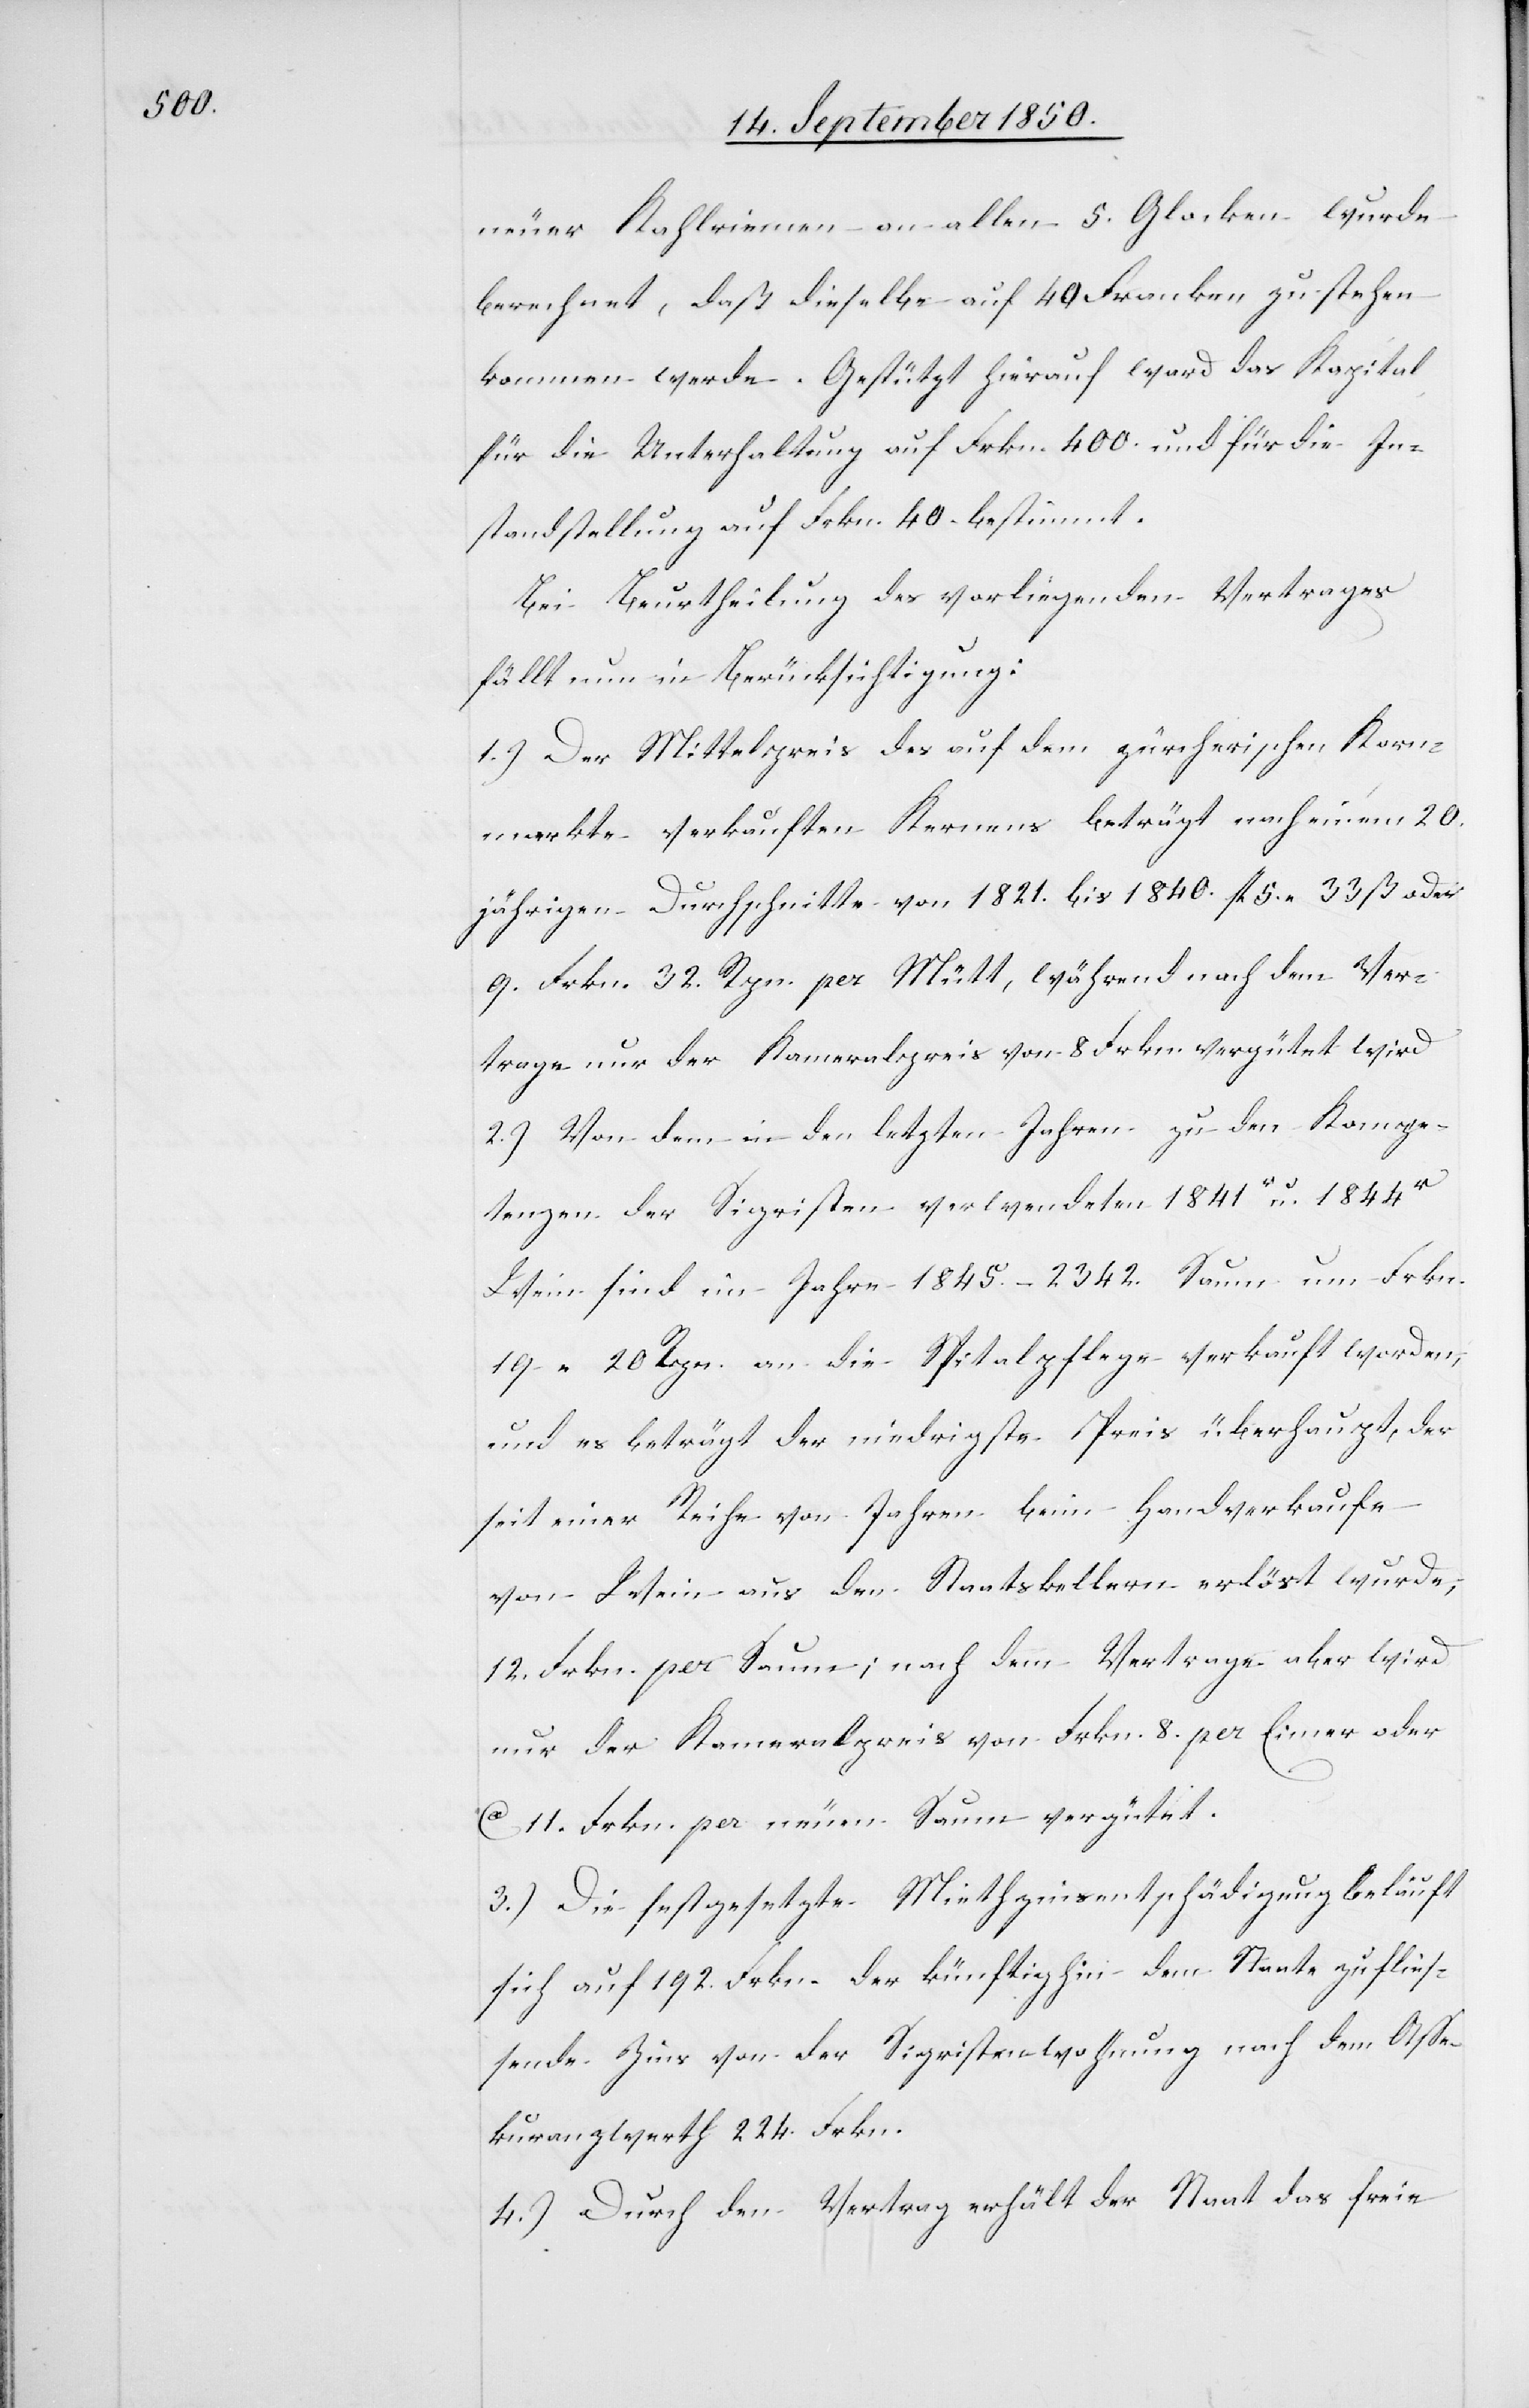
neuer Kahlriemen an allen 5. Glocken wurde
berechnet, daß dieselbe auf 40 Franken zu stehen
kommen werde. Gestützt hierauf ward das Kapital
für die Unterhaltung auf Frkn. 400. und für die In¬
standstellung auf Frkn. 40. bestimmt.
Bei Beurtheilung des vorliegenden Vertrages
fällt nun in Berücksichtigung
1.) Der Mittelpreis des auf dem zürcherischen Korn¬
markte verkauften Kernens beträgt nach einem 20.
jährigen Durchschnitte von 1821. bis 1840. fl 5. 33 ß oder
9. Frkn. 32. Rpn per Mütt, während nach dem Ver¬
trage nur der Kameralpreis von 8 Frkn. vergütet wird
2.) Von dem in den letzten Jahren zu den Kompe¬
tenzen der Sigristen verwendeten 1841r u. 1844r
Wein sind im Jahre 1845. – 2342. Saum um Frkn.
19 20 Rpn. an die Spitalpflege verkauft worden,
und es beträgt der niedrigste Preis überhaupt, der
seit einer Reihe von Jahren beim Handverkaufe
von Wein aus den Staatskellern erlöst wurde,
12. Frkn. per Saum; nach dem Vertrage aber wird
nur der Kameralpreis von Frkn. 8. per Eimer oder
ca 11. Frkn. per neuen Saum vergütet.
3.) Die festgesetzte Miethzinsentschädigung beläuft
sich auf 192. Frkn. der künftighin dem Staate zuflies¬
sende Zins von der Sigristenwohnung nach dem Asse¬
kuranzwerth 224. Frkn.
4.) Durch den Vertrag erhält der Staat das freie